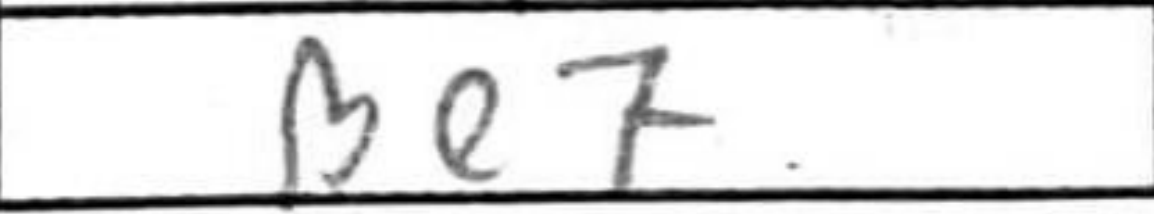
Transcription: Be7